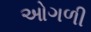
ઓગળી